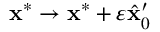
\mathbf x ^ { * } \to \mathbf x ^ { * } + \varepsilon \hat { \mathbf x } _ { 0 } ^ { \prime }